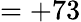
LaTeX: =+73